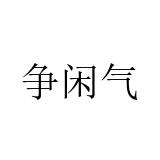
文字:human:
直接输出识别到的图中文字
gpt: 争闲气